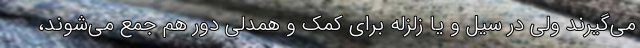
می‌گیرند ولی در سیل و یا زلزله برای کمک و همدلی دور هم جمع می‌شوند،